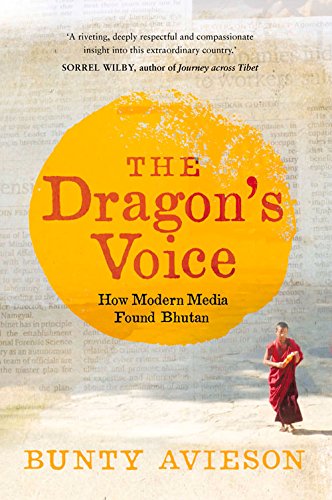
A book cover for The Dragon's Voice: How Modern Media Found Bhutan; Bunty Avieson; Travel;